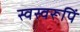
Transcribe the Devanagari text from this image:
स्वस्वरूपिं